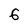
Character: 6